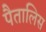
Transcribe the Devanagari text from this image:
पैतालिस